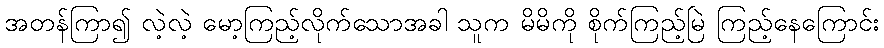
အတန်ကြာ၍ လဲ့လဲ့ မော့ကြည့်လိုက်သောအခါ သူက မိမိကို စိုက်ကြည့်မြဲ ကြည့်နေကြောင်း